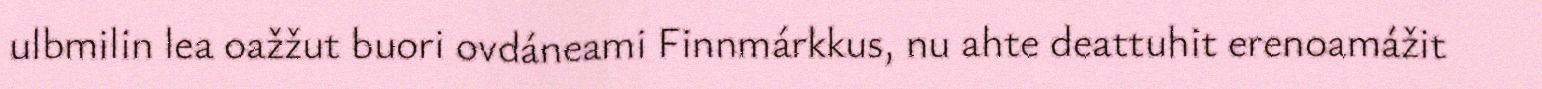
ulbmilin lea oažžut buori ovdáneami Finnmárkkus, nu ahte deattuhit erenoamážit